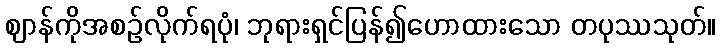
ဈာန်ကိုအစဉ်လိုက်ရပုံ၊ ဘုရားရှင်ပြန်၍ဟောထားသော တပုဿသုတ်။